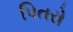
પિતરો